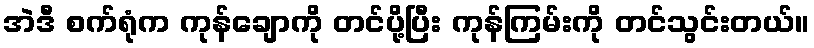
အဲဒီ စက်ရုံက ကုန်ချောကို တင်ပို့ပြီး ကုန်ကြမ်းကို တင်သွင်းတယ်။